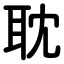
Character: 耽